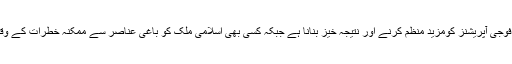
اس اسلامی فوجی اتحاد کا مقصد اسلامی ممالک میں جاری دہشت گردی کے خلاف فوجی آپریشنز کومزید منظم کرنے اور نتیجہ خیز بنانا ہے جبکہ کسی بھی اسلامی ملک کو باغی عناصر سے ممکنہ خطرات کے وقت مذکورہ ملک کے دفاع کو یقینی بناکر منتخب حکومت کو گرنے سے بچانا ہے ۔